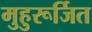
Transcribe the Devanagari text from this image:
मुहुरूर्जित